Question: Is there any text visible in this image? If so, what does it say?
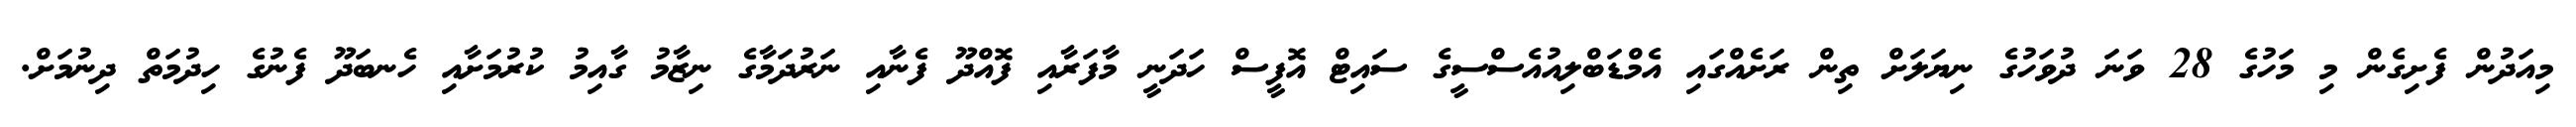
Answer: މިއަދުން ފެށިގެން މި މަހުގެ 28 ވަނަ ދުވަހުގެ ނިޔަލަށް ތިން ރަށެއްގައި އެމްޑަބްލިއުއެސްސީގެ ސައިޓް އޮފީސް ހަދަނީ މާފަރާއި ފޮއްދޫ ފެނާއި ނަރުދަމާގެ ނިޒާމު ގާއިމު ކުރުމަށާއި ހެނބަދޫ ފެނުގެ ހިދުމަތް ދިނުމަށް.